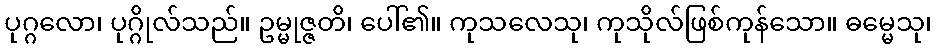
ပုဂ္ဂလော၊ ပုဂ္ဂိုလ်သည်။ ဥမ္မုဇ္ဇတိ၊ ပေါ်၏။ ကုသလေသု၊ ကုသိုလ်ဖြစ်ကုန်သော။ ဓမ္မေသု၊